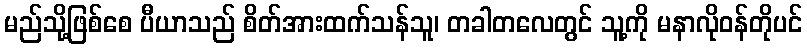
မည်သို့ဖြစ်စေ ပီယာသည် စိတ်အားထက်သန်သူ၊ တခါတလေတွင် သူ့ကို မနာလိုဝန်တိုပင်